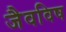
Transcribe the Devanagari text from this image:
जैवविष